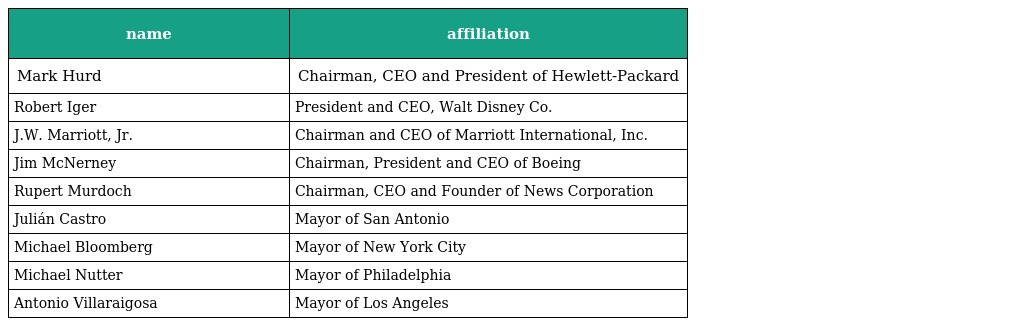
| name | affiliation |
 | --- | --- |
 | Mark Hurd | Chairman, CEO and President of Hewlett-Packard |
 | Robert Iger | President and CEO, Walt Disney Co. |
 | J.W. Marriott, Jr. | Chairman and CEO of Marriott International, Inc. |
 | Jim McNerney | Chairman, President and CEO of Boeing |
 | Rupert Murdoch | Chairman, CEO and Founder of News Corporation |
 | Julián Castro | Mayor of San Antonio |
 | Michael Bloomberg | Mayor of New York City |
 | Michael Nutter | Mayor of Philadelphia |
 | Antonio Villaraigosa | Mayor of Los Angeles |